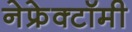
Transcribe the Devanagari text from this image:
नेफ्रेक्टॉमी